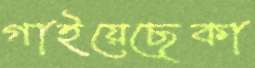
গাইয়েছেকা